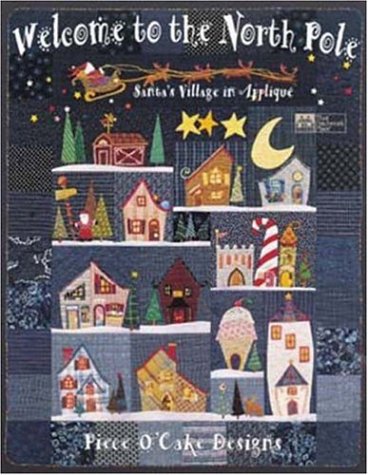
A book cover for Welcome to the North Pole: Santa's Village in Applique; Becky Goldsmith; Crafts, Hobbies & Home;